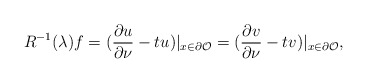
\begin{align*}R^{-1}(\lambda)f=(\frac{\partial u}{\partial \nu} - tu)|_{x\in \partial\mathcal O} = (\frac{\partial v}{\partial \nu} - tv)|_{x\in \partial\mathcal O},\end{align*}